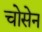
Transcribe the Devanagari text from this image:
चोसेन